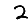
Digit: 2